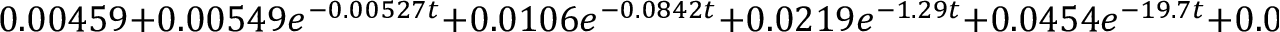
0 . 0 0 4 5 9 + 0 . 0 0 5 4 9 e ^ { - 0 . 0 0 5 2 7 t } + 0 . 0 1 0 6 e ^ { - 0 . 0 8 4 2 t } + 0 . 0 2 1 9 e ^ { - 1 . 2 9 t } + 0 . 0 4 5 4 e ^ { - 1 9 . 7 t } + 0 . 0 9 5 1 e ^ { - 2 9 7 t } + 0 . 2 0 2 e ^ { - 4 . 4 2 e + 0 3 t } + 0 . 6 1 5 e ^ { - 7 . 7 3 e + 0 4 t }